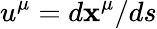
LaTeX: u^{\mu}=d\mathbf{x}^{\mu}/ds